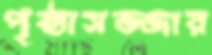
পৃষ্ঠাসজ্জার